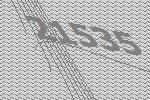
21535